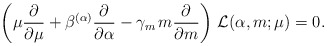
\begin{align*}\left( \mu\frac{\partial}{\partial\mu} + \beta^{(\alpha)} \frac{\partial}{\partial \alpha} -\gamma_m\, m\frac{\partial}{\partial m} \right)\, {\cal L}(\alpha,m;\mu)=0. \end{align*}